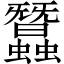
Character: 蠶